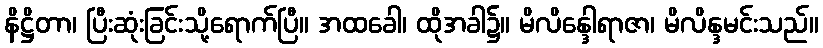
နိဋ္ဌိတာ၊ ပြီးဆုံးခြင်းသို့ရောက်ပြီ။ အထခေါ၊ ထိုအခါ၌။ မိလိန္ဒေါရာဇာ၊ မိလိန္ဒမင်းသည်။